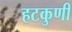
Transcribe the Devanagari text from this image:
हटकुणी